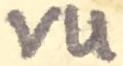
Text: VU